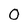
Character: 0